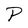
Character: P